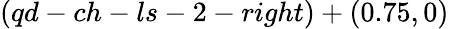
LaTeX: (qd-ch-ls-2-right)+(0.75,0)